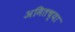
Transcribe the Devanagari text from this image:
अमितच्या